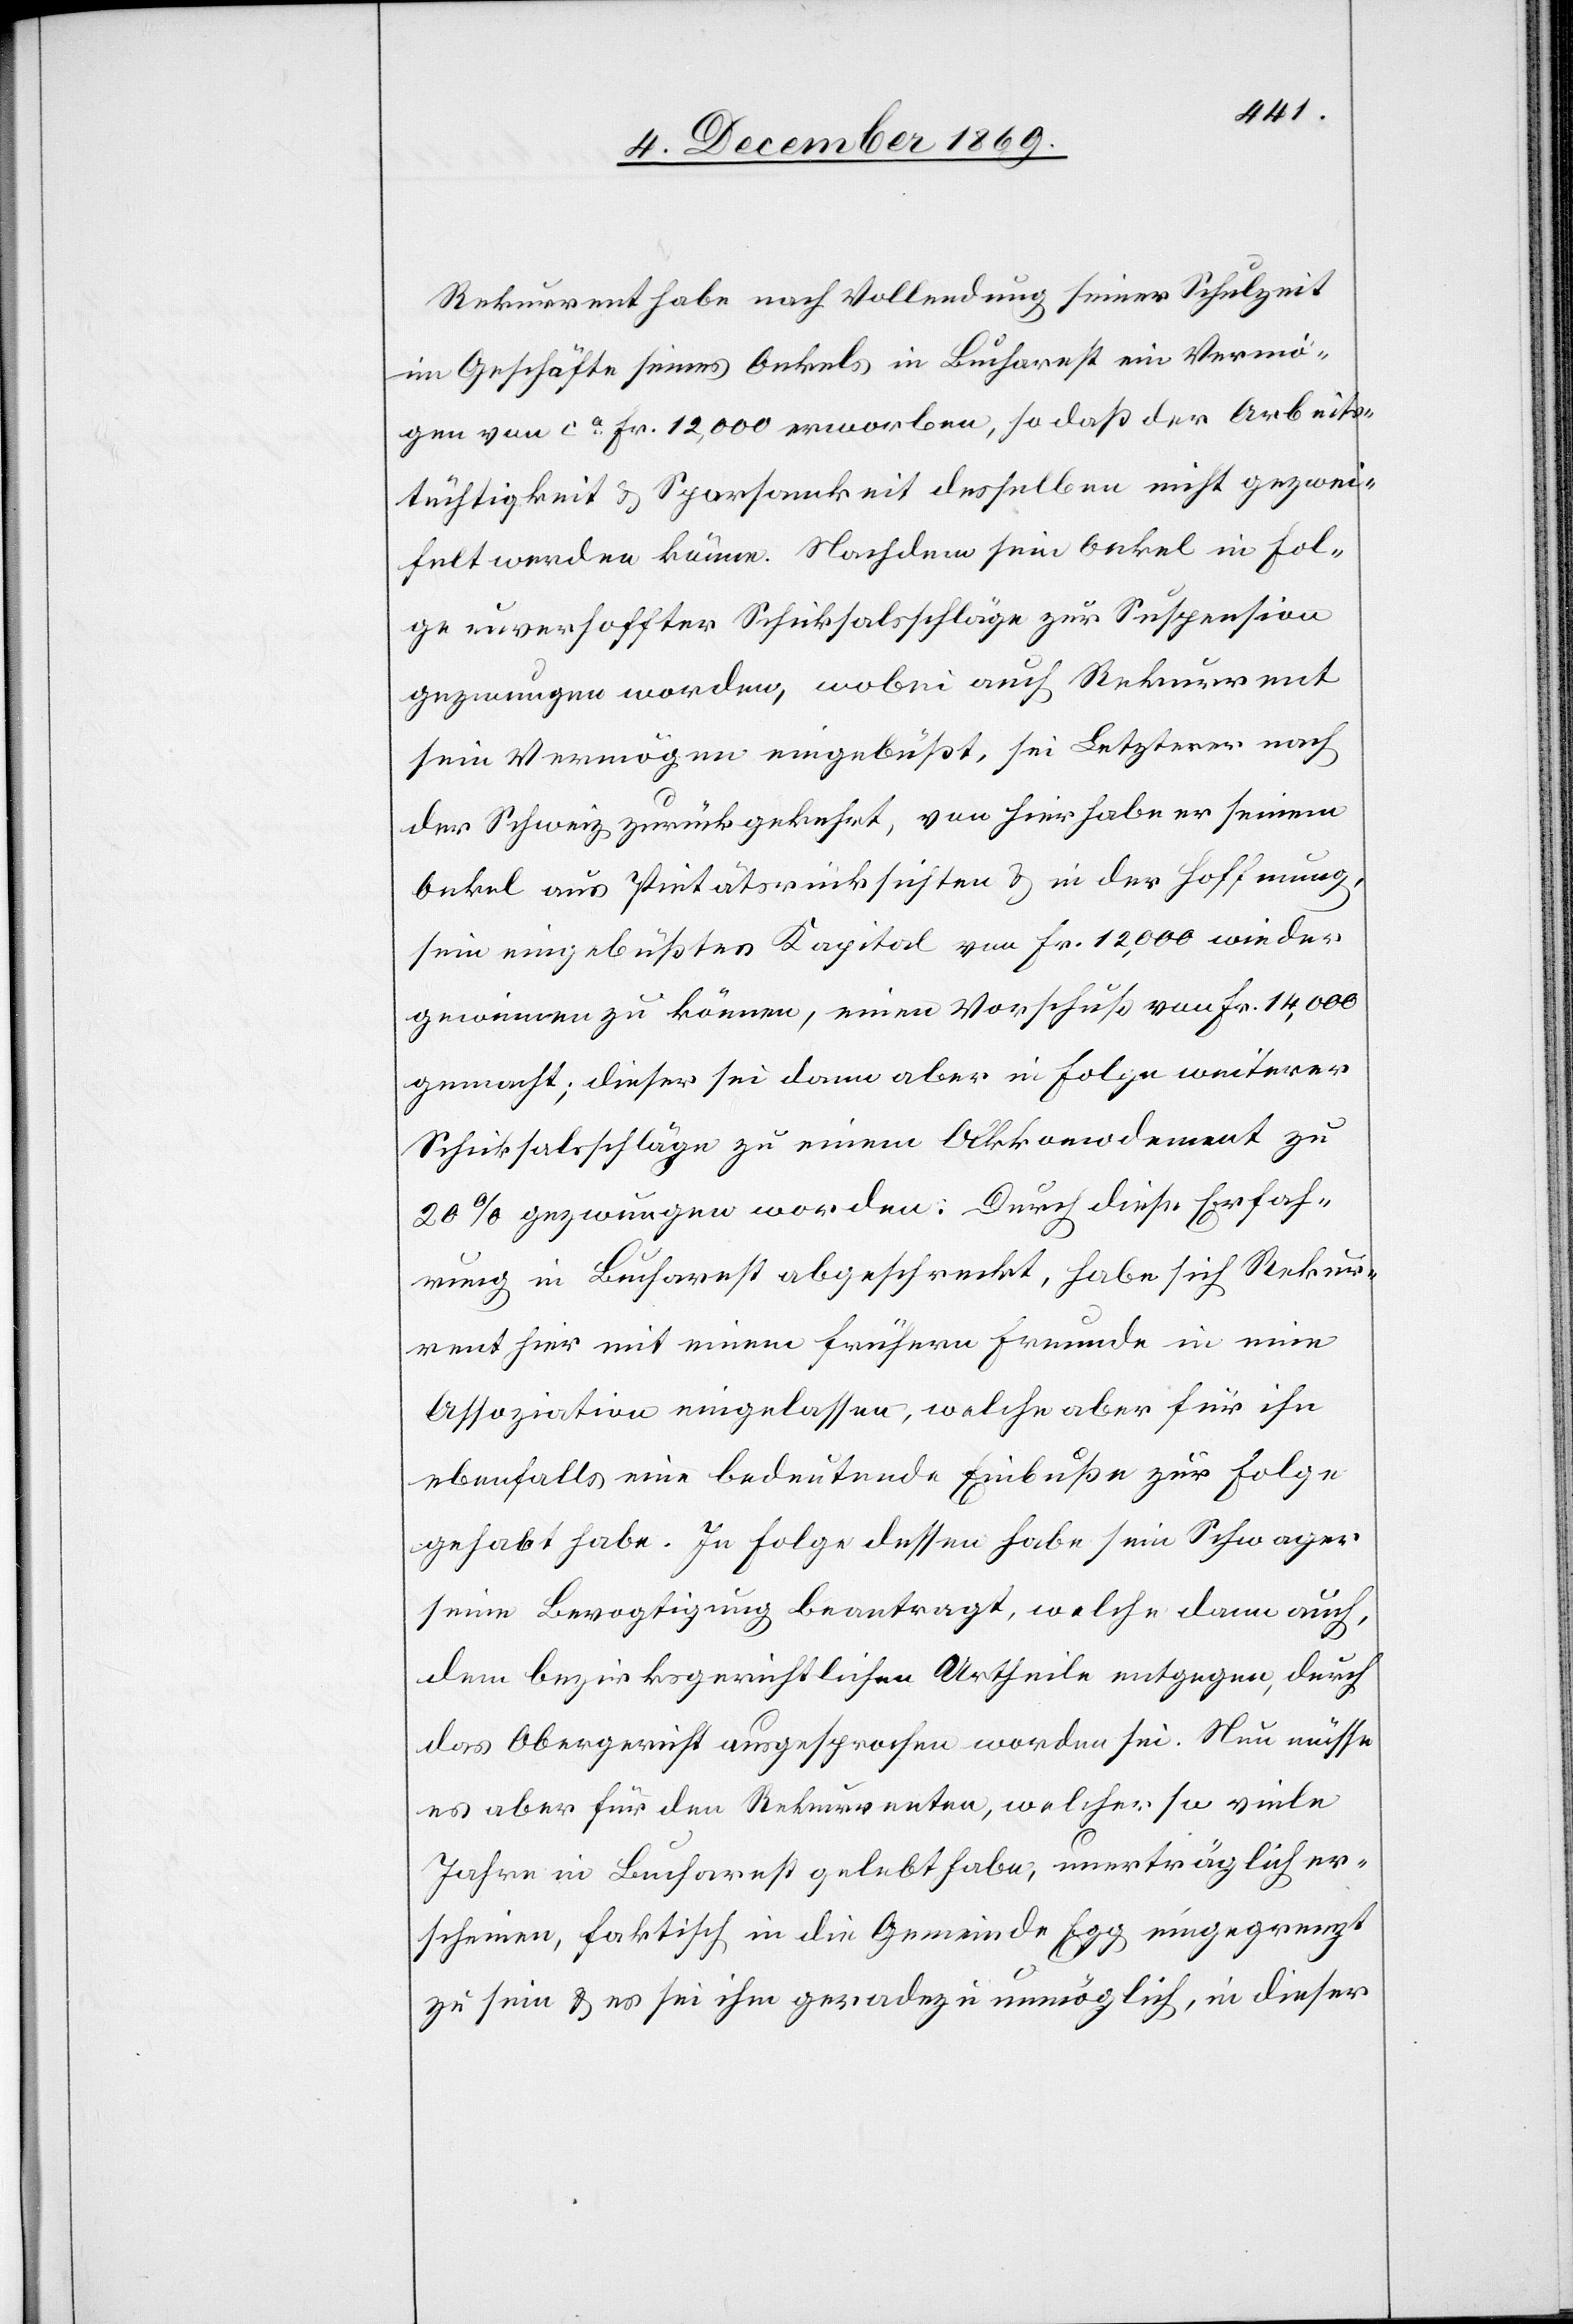
Rekurrent habe nach Vollendung seiner Schulzeit
im Geschäfte seines Onkels in Bucharest ein Vermö¬
gen von ca Fr. 12,000 erworben, so daß [an] der Arbeits¬
tüchtigkeit & Sparsamkeit desselben nicht gezwei¬
felt werden könne. Nachdem sein Onkel in Fol¬
ge unverhoffter Schicksalsschläge zur Suspension
gezwungen worden, wobei auch Rekurrent
sein Vermögen eingebüßt, sei Letzterer nach
der Schweiz zurückgekehrt, von hier habe er seinem
Onkel aus Pietätsrücksichten & in der Hoffnung,
sein eingebüßtes Kapital von Fr. 12,000 wieder
gewinnen zu können, einen Vorschuß von Fr. 14,000
gemacht; dieser sei dann aber in Folge weiterer
Schicksalsschläge zu einem Akkomodement zu
20% gezwungen worden. Durch diese Erfah¬
rung in Bucharest abgeschreckt, habe sich Rekur¬
rent hier mit einem frühern Freunde in eine
Assoziation eingelassen, welche aber für ihn
ebenfalls eine bedeutende Einbuße zur Folge
gehabt habe. In Folge dessen habe sein Schwager
seine Bevogtigung beantragt, welche dann auch,
dem bezirksgerichtlichen Urtheile entgegen, durch
das Obergericht ausgesprochen worden sei. Nun müsse
es aber für den Rekurrenten, welcher so viele
Jahre in Bucharest gelebt habe, unerträglich er¬
scheinen, faktisch in die Gemeinde Egg eingegrenzt
zu sein & es sei ihm geradezu unmöglich, in dieser